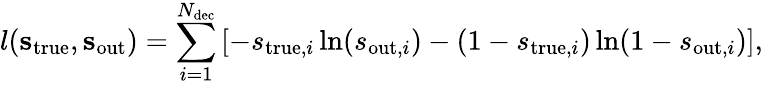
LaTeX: l({\mathbf s}_{\mathrm{true}},{\mathbf s}_{\mathrm{out}})=\sum_{i=1}^{N_{\mathrm{dec}}}\left[-{s}_{\mathrm{true},i}\ln({s}_{\mathrm{out},i})-(1-{s}_{\mathrm{true},i})\ln(1-{s}_{\mathrm{out},i})\right],